Jaan_Tonisson_(Lasteleht), lk 64
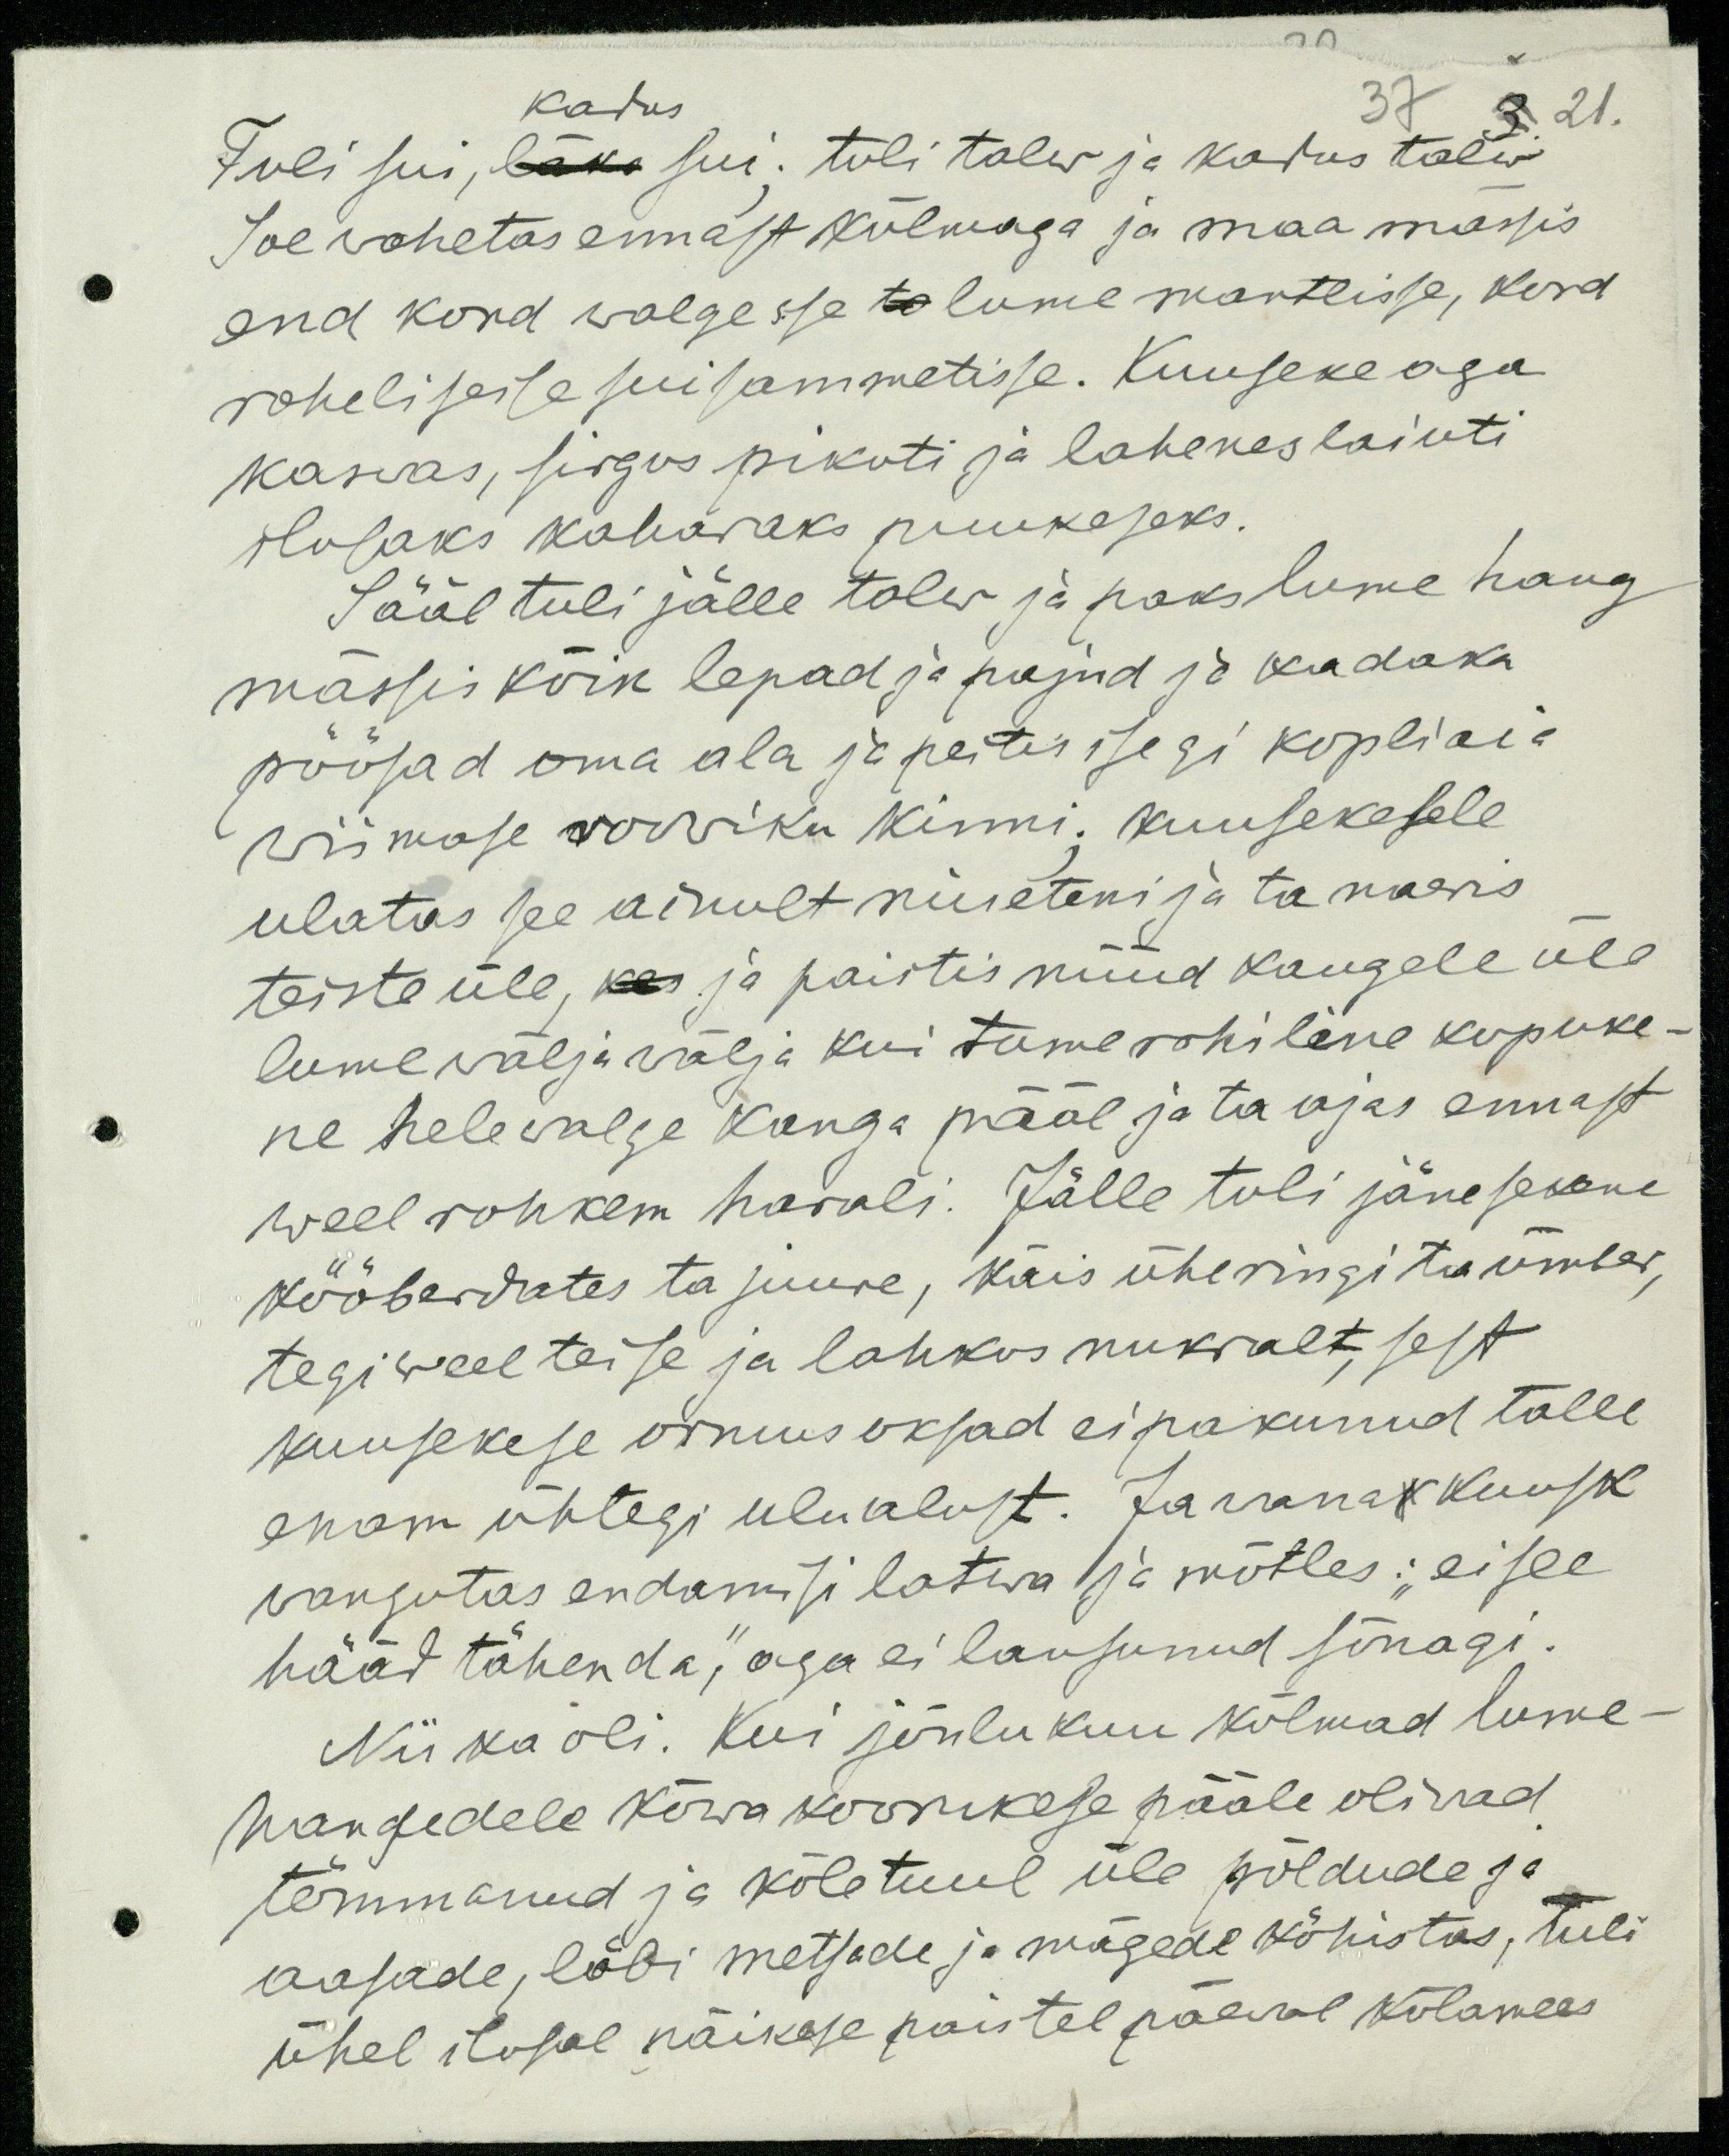
kadus.
37 3 21.
Tuli sui, läks sui; tuli talw ja kadus talw
Soe wahetas ennast külmaga ja maa mässis
end kord walgesse to lume mantlisse, kord
rohelisesse sui sammetisse. Kuuseke aga
kaswas, sirgus pikuti ja lahenes laiuti
ilusaks kaharaks puukeseks.
Sääl tuli jälle talw ja paks lume hang
mässis kõik lepad ja pajud ja kadaka
pöösad oma ala ja peites isegi kopliaia
wiimase roowiku kinni; Kuusekesele
ulatas see ainult niueteni ja ta naeris
teiste üle, kes ja paistis nüüd kaugele üle
lume wälja wälja kui tume rohiline kopuke-
ne helewalge kanga pääl ja ta ajas ennast
weel rohkem harali. Jälle tuli jänesekene
kööberdates ta juure, käis ühe ringi ta ümber,
tegi weel teise ja lahkus nukralt, sest
kuusekese ormus oksad ei pakunud talle
enam ühtegi ulualust. Ja wana kuusk
wangutas endamisi latwa ja mõtles: "ei see
hääd tähenda," aga ei lausunud sõnagi.
Nii ka oli. Kui jõulukuu külmad lume
hangedele kõwa koorukese pääle oliwad
tömmanud ja kõle tuul üle põldude ja
aasade, läbi metsade ja mägede köhistas, tuli
ühel ilusal päikese paistel pääwal külamees